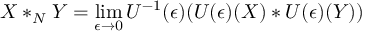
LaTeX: X * _ { N } Y = \operatorname * { l i m } _ { \epsilon \to 0 } U ^ { - 1 } ( \epsilon ) ( U ( \epsilon ) ( X ) * U ( \epsilon ) ( Y ) )